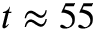
t \approx 5 5